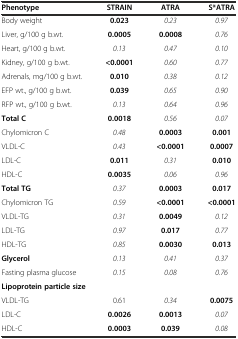
<table><thead><tr><td><b>Phenotype</b></td><td><b>STRAIN</b></td><td><b>ATRA</b></td><td><b>S*ATRA</b></td></tr></thead><tbody><tr><td>Body weight</td><td><b>0.023</b></td><td><i>0.23</i></td><td><i>0.97</i></td></tr><tr><td>Liver, g/100 g b.wt.</td><td><b>0.0005</b></td><td><b>0.0008</b></td><td><i>0.76</i></td></tr><tr><td>Heart, g/100 g b.wt.</td><td><i>0.13</i></td><td><i>0.47</i></td><td><i>0.10</i></td></tr><tr><td>Kidney, g/100 g b.wt.</td><td><b>&lt;0.0001</b></td><td><i>0.60</i></td><td><i>0.77</i></td></tr><tr><td>Adrenals, mg/100 g b.wt.</td><td><b>0.010</b></td><td><i>0.38</i></td><td><i>0.12</i></td></tr><tr><td>EFP wt., g/100 g b.wt.</td><td><b>0.039</b></td><td><i>0.65</i></td><td><i>0.90</i></td></tr><tr><td>RFP wt., g/100 g b.wt.</td><td><i>0.13</i></td><td><i>0.64</i></td><td><i>0.96</i></td></tr><tr><td><b>Total C</b></td><td><b>0.0018</b></td><td><i>0.56</i></td><td><i>0.07</i></td></tr><tr><td>Chylomicron C</td><td><i>0.48</i></td><td><b>0.0003</b></td><td><b>0.001</b></td></tr><tr><td>VLDL-C</td><td><i>0.43</i></td><td><b>&lt;0.0001</b></td><td><b>0.0007</b></td></tr><tr><td>LDL-C</td><td><b>0.011</b></td><td><i>0.31</i></td><td><b>0.010</b></td></tr><tr><td>HDL-C</td><td><b>0.0035</b></td><td><i>0.06</i></td><td><i>0.96</i></td></tr><tr><td><b>Total TG</b></td><td><i>0.37</i></td><td><b>0.0003</b></td><td><b>0.017</b></td></tr><tr><td>Chylomicron TG</td><td><i>0.59</i></td><td><b>&lt;0.0001</b></td><td><b>&lt;0.0001</b></td></tr><tr><td>VLDL-TG</td><td><i>0.31</i></td><td><b>0.0049</b></td><td><i>0.12</i></td></tr><tr><td>LDL-TG</td><td><i>0.97</i></td><td><b>0.017</b></td><td><i>0.77</i></td></tr><tr><td>HDL-TG</td><td><i>0.85</i></td><td><b>0.0030</b></td><td><b>0.013</b></td></tr><tr><td><b>Glycerol</b></td><td><i>0.13</i></td><td><i>0.41</i></td><td><i>0.37</i></td></tr><tr><td>Fasting plasma glucose</td><td><i>0.15</i></td><td><i>0.08</i></td><td><i>0.76</i></td></tr><tr><td colspan="4"><b>Lipoprotein particle size</b></td></tr><tr><td>VLDL-TG</td><td>0.61</td><td><i>0.34</i></td><td><b>0.0075</b></td></tr><tr><td>LDL-C</td><td><b>0.0026</b></td><td><b>0.0013</b></td><td><i>0.07</i></td></tr><tr><td>HDL-C</td><td><b>0.0003</b></td><td><b>0.039</b></td><td><i>0.08</i></td></tr></tbody></table>